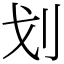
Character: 划